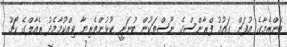
ބެންޒެމާގެ އުފަން ގައުމު ފްރާންސްގެ ނޫސްތަކުން ބުނަނީ ކުޅުންތެރިޔާ ވިއްކުމާމެދު ރެއާލްގެ ކޯޗު